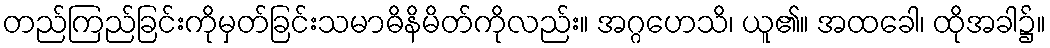
တည်ကြည်ခြင်းကိုမှတ်ခြင်းသမာဓိနိမိတ်ကိုလည်း။ အဂ္ဂဟေသိ၊ ယူ၏။ အထခေါ၊ ထိုအခါ၌။